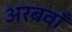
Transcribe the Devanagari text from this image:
अरबवाँ